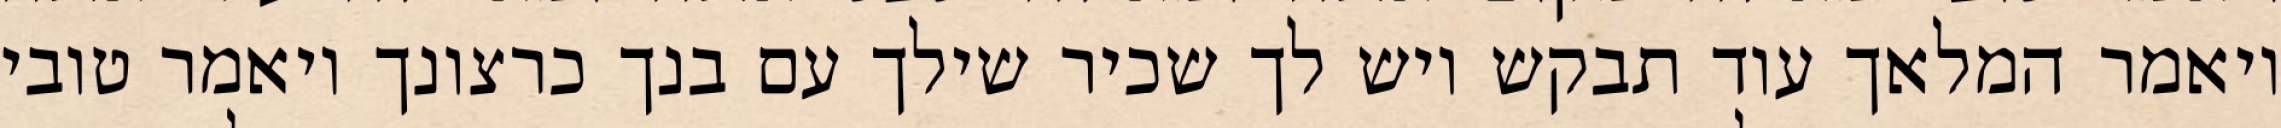
ויאמר המלאך עוד תבקש ויש לך שכיר שילך עם בנך כרצונך ויאמר טובי